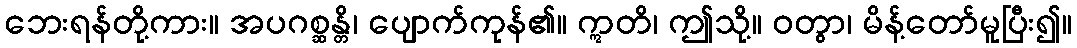
ဘေးရန်တို့ကား။ အပဂစ္ဆန္တိ၊ ပျောက်ကုန်၏။ ဣတိ၊ ဤသို့။ ဝတွာ၊ မိန့်တော်မူပြီး၍။